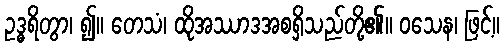
ဥဒ္ဓရိတွာ၊ ၍။ တေသံ၊ ထိုအဿာဒအစရှိသည်တို့၏။ ဝသေန၊ ဖြင့်။